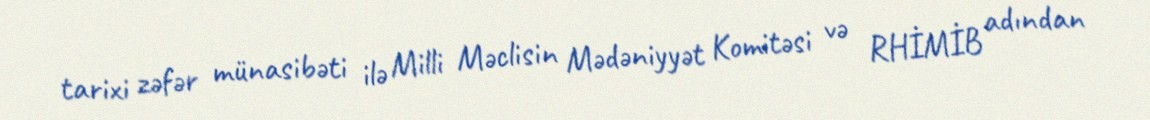
tarixi zəfər münasibəti ilə Milli Məclisin Mədəniyyət Komitəsi və RHİMİB adından